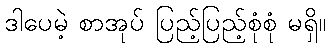
ဒါပေမဲ့ စာအုပ် ပြည့်ပြည့်စုံစုံ မရှိ။